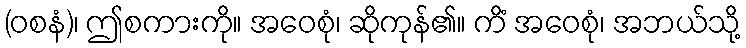
(ဝစနံ)၊ ဤစကားကို။ အဝေစုံ၊ ဆိုကုန်၏။ ကိံ အဝေစုံ၊ အဘယ်သို့